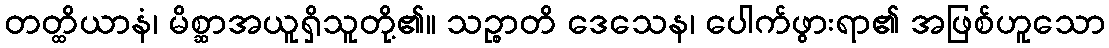
တတ္ထိယာနံ၊ မိစ္ဆာအယူရှိသူတို့၏။ သဉ္စာတိ ဒေသေန၊ ပေါက်ဖွားရာ၏ အဖြစ်ဟူသော